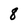
Character: 8